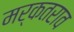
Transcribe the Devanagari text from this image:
मर्कतराव